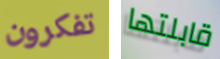
تفكرون قابلتها